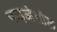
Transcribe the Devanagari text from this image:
पाइओसील